Report of the Indian Hemp Drugs Commission, 1894-1895 - Volume III
Year: 1894
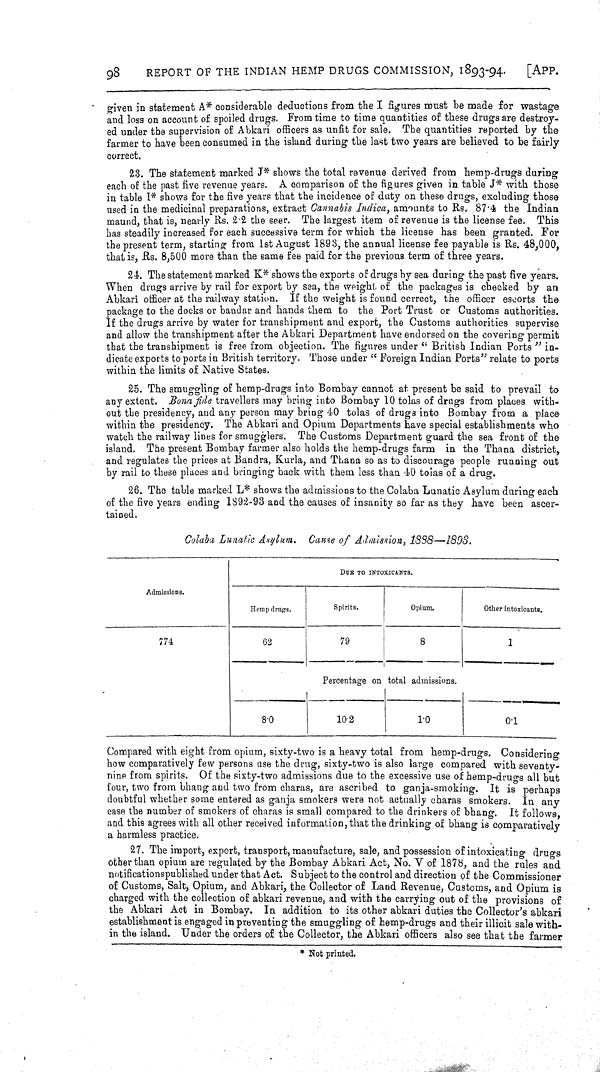
98
REPORT OF THE INDIAN HEMP DRUGS COMMISSION, 1893-94.
[APP.
given in statement A* considerable deductions from the I figures must be made for wastage
and loss on account of spoiled drugs. From time to time quantities of these drugs are destroy-
ed under the supervision of Abkari officers as unfit for sale. The quantities reported by the
farmer to have been consumed in the island during the last two years are believed to be fairly
correct.
23. The statement marked J* shows the total revenue derived from hemp-drugs during
each of the past five revenue years. A comparison of the figures given in table J* with those
in table I* shows for the five years that the incidence of duty on these drugs, excluding those
used in the medicinal preparations, extract Cannabis Indica, amounts to Rs. 87.4 the Indian
maund, that is, nearly Rs. 2.2 the seer. The largest item of revenue is the license fee. This
has steadily increased for each successive term for which the license has been granted. For
the present term, starting from 1st August 1893, the annual license fee payable is Rs. 48,000,
that is, Rs. 8,500 more than the same fee paid for the previous term of three years.
24. The statement marked K* shows the exports of drugs by sea during the past five years.
When drugs arrive by rail for export by sea, the weight of the packages is checked by an
Abkari officer at the railway station. If the weight is found correct, the officer escorts the
package to the docks or bandar and hands them to the Port Trust or Customs authorities.
If the drugs arrive by water for transhipment and export, the Customs authorities supervise
and allow the transhipment after the Abkari Department have endorsed on the covering permit
that the transhipment is free from objection. The figures under "British Indian Ports" in-
dicate exports to ports in British territory. Those under " Foreign Indian Ports" relate to ports
within the limits of Native States.
25. The smuggling of hemp-drugs into Bombay cannot at present be said to prevail to
any extent. Bona fide travellers may bring into Bombay 10 tolas of drugs from places with-
out the presidency, and any person may bring 40 tolas of drugs into Bombay from a place
within the presidency. The Abkari and Opium Departments have special establishments who
watch the railway lines for smugglers. The Customs Department guard the sea front of the
island. The present Bombay farmer also holds the hemp-drugs farm in the Thana district,
and regulates the prices at Bandra, Kurla, and Thana so as to discourage people running out
by rail to these places and bringing back with them less than 40 tolas of a drug.
26. The table marked L* shows the admissions to the Colaba Lunatic Asylum during each
of the five years ending 1892-93 and the causes of insanity so far as they have been ascer-
tained.
Colaba Lunatic Asylum. Cause of Admission, 1888—1893.
DUE TO INTOXICANTS.
Admissions.
Hemp drugs.
Spirits.
Opium.
Other intoxicants.
774
62
79
8
1
Percentage on total admissions.
8.0
10.2
1.0
0.1
Compared with eight from opium, sixty-two is a heavy total from hemp-drugs. Considering
how comparatively few persons use the drug, sixty-two is also large compared with seventy-
nine from spirits. Of the sixty-two admissions due to the excessive use of hemp-drugs all but
four, two from bhang and two from charas, are ascribed to ganja-smoking. It is perhaps
doubtful whether some entered as ganja smokers were not actually charas smokers. In any
case the number of smokers of charas is small compared to the drinkers of bhang. It follows,
and this agrees with all other received information, that the drinking of bhang is comparatively
a harmless practice.
27. The import, export, transport, manufacture, sale, and possession of intoxicating drugs
other than opium are regulated by the Bombay Abkari Act, No. V of 1878, and the rules and
notifications published under that Act. Subject to the control and direction of the Commissioner
of Customs, Salt, Opium, and Abkari, the Collector of Land Revenue, Customs, and Opium is
charged with the collection of abkari revenue, and with the carrying out of the provisions of
the Abkari Act in Bombay. In addition to its other abkari duties the Collector's abkari
establishment is engaged in preventing the smuggling of hemp-drugs and their illicit sale with-
in the island. Under the orders of the Collector, the Abkari officers also see that the farmer
* Not printed.